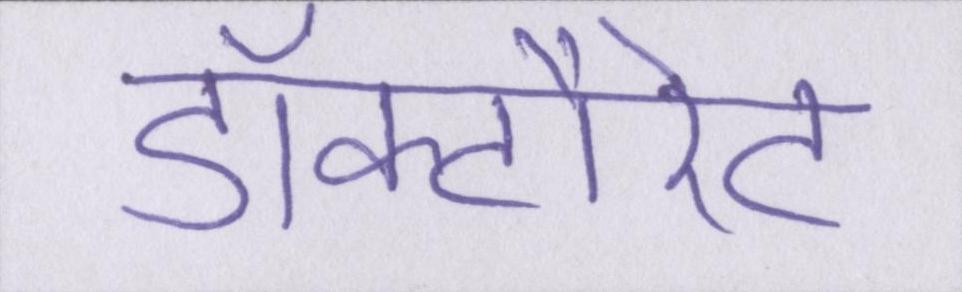
डॉक्टौरेट